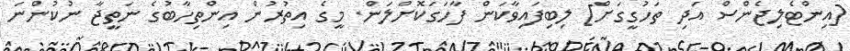
[އިންޓެލިޖެންސް އަދި ތަހުގީގަށް] ލިބިފައިވާކަން ފާހަގަކޮށްލަން. މީގެ އިތުރުން އިންތިހާބުގެ ނަތީޖާ ނުކުންނަ